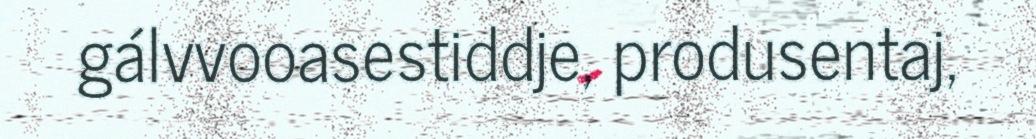
gálvvooasestiddje, produsentaj,